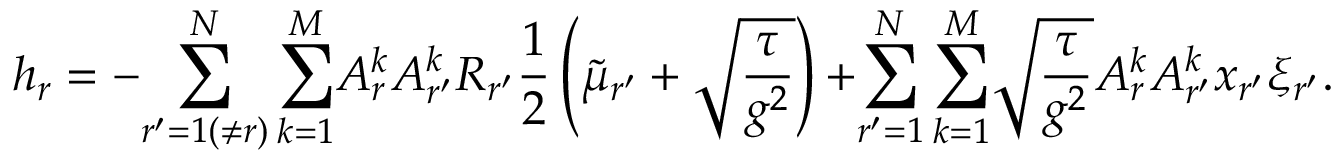
h _ { r } = - { \sum _ { r ^ { \prime } = 1 ( \neq r ) } ^ { N } \sum _ { k = 1 } ^ { M } } A _ { r } ^ { k } A _ { r ^ { \prime } } ^ { k } R _ { r ^ { \prime } } \frac { 1 } { 2 } \left( \tilde { \mu } _ { r ^ { \prime } } + \sqrt { \frac { \tau } { g ^ { 2 } } } \right) { + } { \sum _ { r ^ { \prime } = 1 } ^ { N } \sum _ { k = 1 } ^ { M } } \sqrt { \frac { \tau } { g ^ { 2 } } } A _ { r } ^ { k } A _ { r ^ { \prime } } ^ { k } x _ { r ^ { \prime } } \xi _ { r ^ { \prime } } .